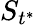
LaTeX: S_{t^{*}}